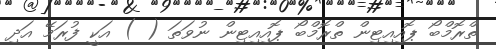
ތްރޮމްބޯ ޕޮއިއިޓިން ތްރޮމްބޯ ޕޮއިއިޓިން ނުވަތަ ( ) އަކީ ފުރަމޭ އަދި